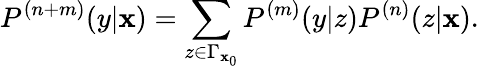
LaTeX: P^{(n+m)}(y|\mathbf{x})=\sum_{z\in\Gamma_{\mathbf{x}_{0}}}P^{(m)}(y|z)P^{(n)}(z|\mathbf{x}).